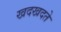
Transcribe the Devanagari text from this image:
खदखदते